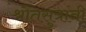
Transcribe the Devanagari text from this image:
श्रौतसुत्रांनी